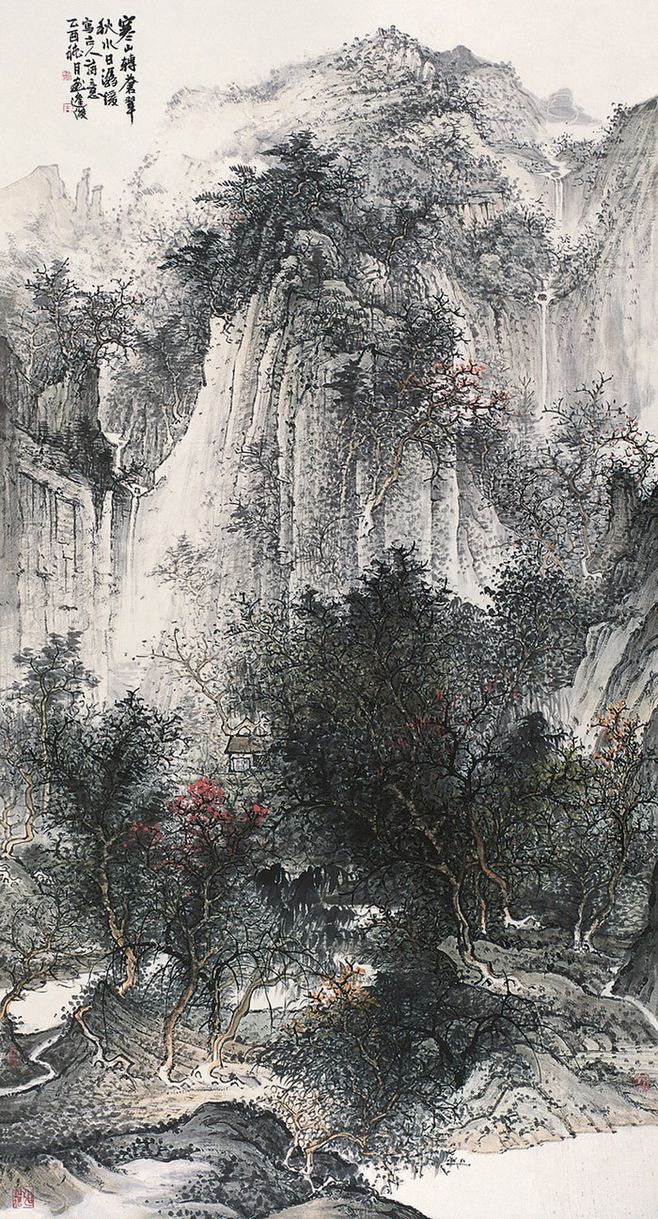
寒山转苍翠，秋水日潺湲。